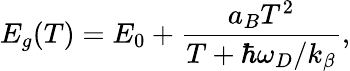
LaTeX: E_{g}(T)=E_{0}+\frac{a_{B}T^{2}}{T+\hbar\omega_{D}/k_{\beta}},